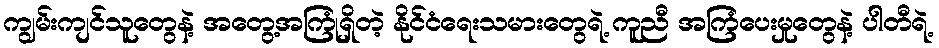
ကျွမ်းကျင်သူတွေနဲ့ အတွေ့အကြုံရှိတဲ့ နိုင်ငံရေးသမားတွေရဲ့ ကူညီ အကြံပေးမှုတွေနဲ့ ပါတီရဲ့